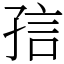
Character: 𡥪